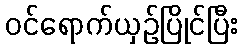
ဝင်ရောက်ယှဉ်ပြိုင်ပြီး